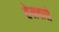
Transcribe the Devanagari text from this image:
तेलवाले